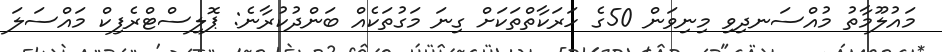
މައުލޫމާތު މުއްސަނދިވި މިނިވަން 50ގެ ހަރަކާތްތަކަށް ގިނަ މަގުތަކެއް ބަންދުކުރާނެ: ޕޮލިސްޓްރެފިކް މައްސަލަ